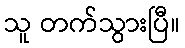
သူ တက်သွားပြီ။